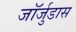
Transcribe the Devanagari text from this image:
जॉर्जुडास